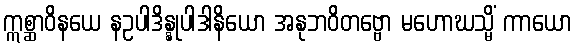
ဣစ္ဆာဝိနယေ နဥပါဒိန္နုပါဒါနိယော အနုဘဝိတဗ္ဗော မဟောဃသ္မိံ ကာယော